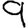
Digit: 9